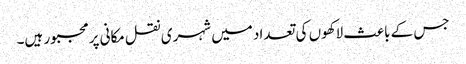
جس کے باعث لاکھوں کی تعداد میں شہری نقل مکانی پرمجبور ہیں۔